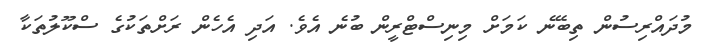
މުދައްރިސުން ތިބޭނެ ކަމަށް މިނިސްޓްރީން ބުނެ އެވެ. އަދި އެހެން ރަށްތަކުގެ ސްކޫލުތަކާ